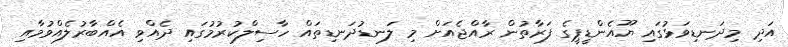
އަދި މިދަނޑިވަޅުގައި ޔޫއެންޑީޕީގެ ފަރާތުން ރާއްޖެއަށް މި ލަނޑުދަނޑިތައް ހާސިލްކުރުމުގައި ދެއްވި އެއްބާރުލެއްވުމާއި